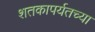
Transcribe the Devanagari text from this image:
शतकापर्यतच्या